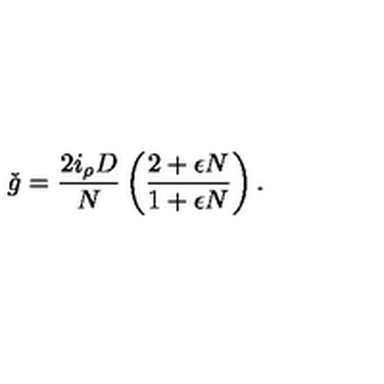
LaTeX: \check { g } = \frac { 2 i _ { \rho } D } { N } \left( \frac { 2 + \epsilon N } { 1 + \epsilon N } \right) .